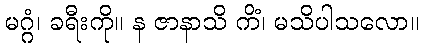
မဂ္ဂံ၊ ခရီးကို။ န ဇာနာသိ ကိံ၊ မသိပါသလော။